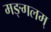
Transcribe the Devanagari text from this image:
मङ्गलम्